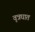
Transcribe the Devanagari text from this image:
वृत्रघात